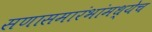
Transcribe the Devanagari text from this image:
सणासमारंभांमध्येच